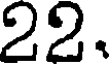
22.